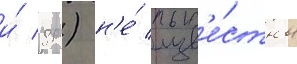
и́ др.) н'е́ изв'е́стны